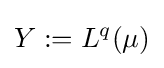
Y:=L^{q}(\mu )